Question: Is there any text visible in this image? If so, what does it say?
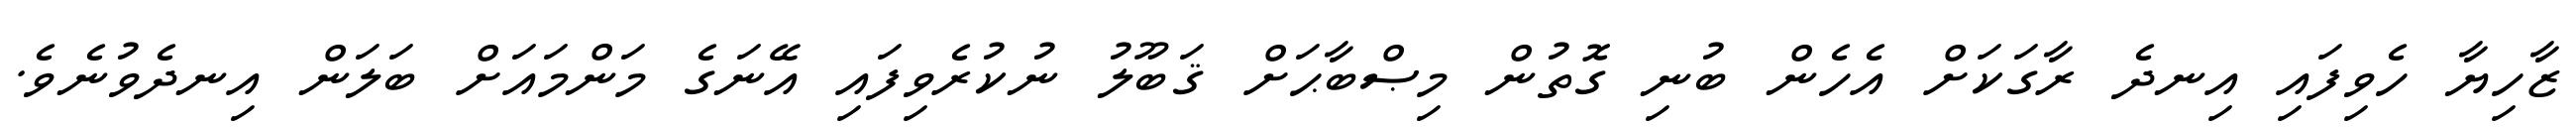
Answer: ޒާހިޔާ ހެވިފައި އިނދެ ރާގަކަށް އެހެން ބުނި ގޮތުން މިޞްބާޙަށް ޤަބޫލު ނުކުރެވިފައި އޭނަގެ މަންމައަށް ބަލަން އިނދެވުނެވެ.